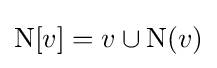
\operatorname {N} [v]=v\cup \operatorname {N} (v)